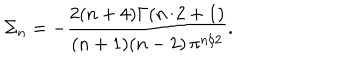
\Sigma _ { n } = - { \frac { 2 ( n + 4 ) \Gamma ( n / 2 + 1 ) } { ( n + 1 ) ( n - 2 ) \, \pi ^ { n / 2 } } } .